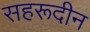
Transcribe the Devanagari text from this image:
सहरूदीन